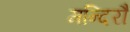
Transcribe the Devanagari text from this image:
मन्दिरौ